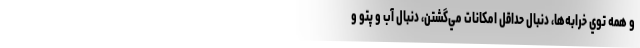
و همه توي خرابه‌ها، دنبال حداقل امكانات مي‌گشتن، دنبال آب و پتو و